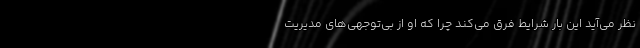
نظر می‌آید این بار شرایط فرق می‌کند چرا که او از بی‌توجهی‌های مدیریت